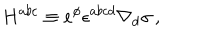
H ^ { a b c } \equiv e ^ { \phi } \epsilon ^ { a b c d } \nabla _ { d } \sigma \, ,